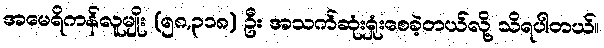
အမေရိကန်လူမျိုး (၅၈,၃၁၈) ဦး အသက်ဆုံးရှုံးစေခဲ့တယ်လို့ သိရပါတယ်။